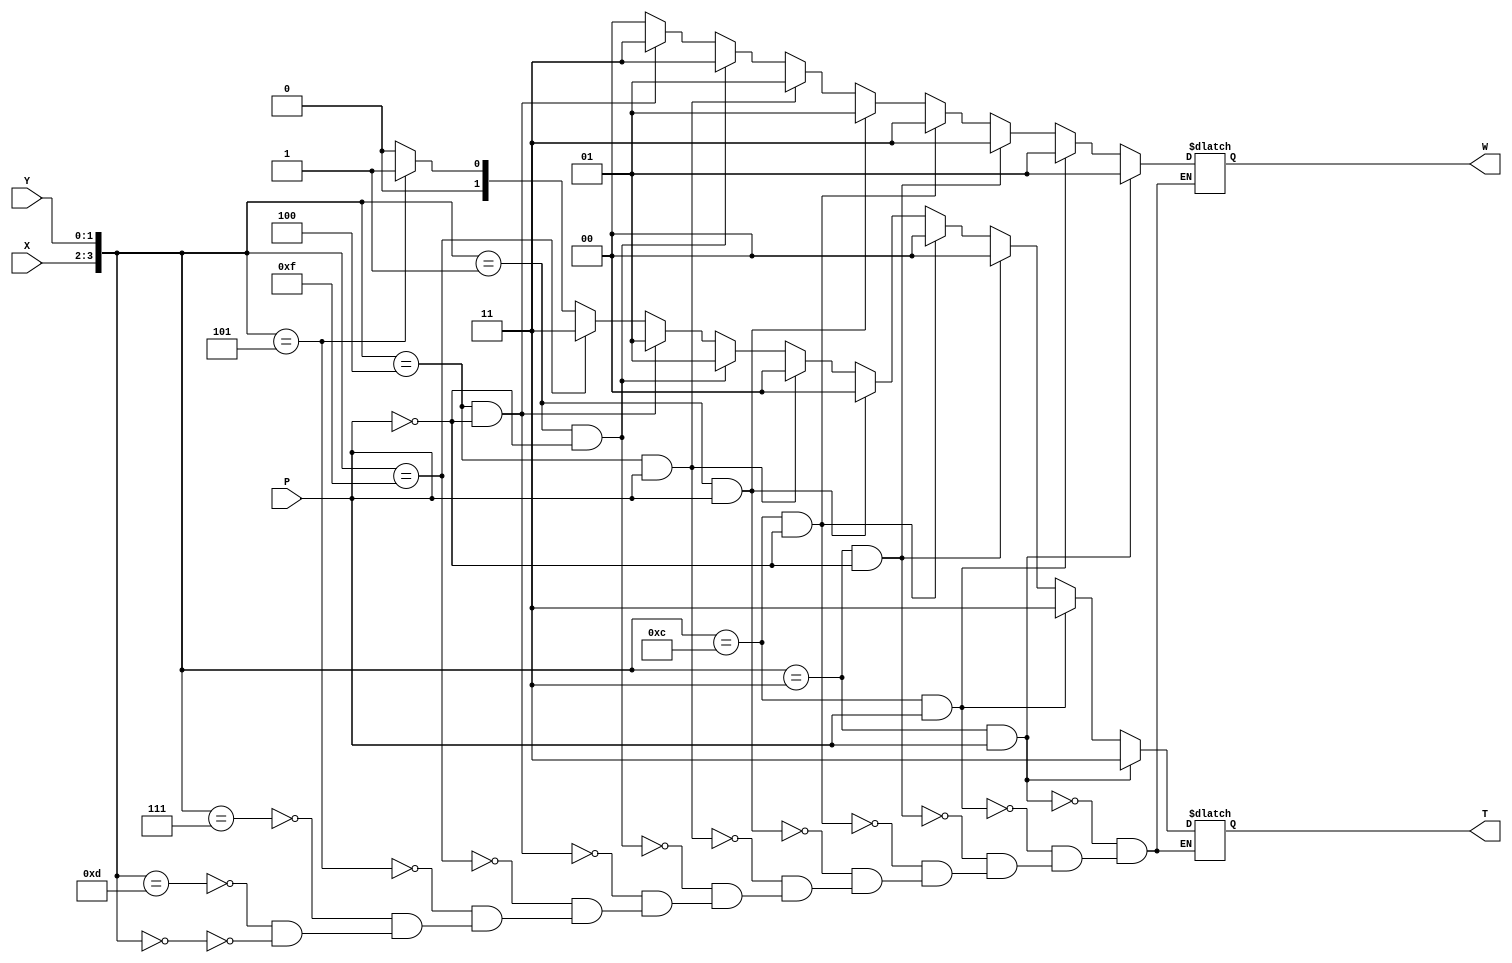
module TW (input [1:0]X  , input [1:0] Y, input P , output reg [1:0]T , output reg [1:0]W);

wire [1:0]outX;
wire [1:0]outY;
assign outX = X[1:0];
assign outY = Y[1:0];

wire [3:0] concatanate;
assign concatanate ={outX , outY};

always@(*) begin
//0
if (concatanate == 4'b0000 ) 
	begin  
				T	<= 2'b00;
				W	<= 2'b00;
				end 
				
if (concatanate == 4'b1101)

	begin  
				T	<= 2'b00;
				W	<= 2'b00;
				end
				
if (concatanate == 4'b0111)

	begin  
				T	<= 2'b00;
				W	<= 2'b00;
				end
				
//2			
if (concatanate==4'b0101 )
	begin
				T	<= 2'b01;
				W	<= 2'b00;
				end

//-2		
if (concatanate==4'b1111 )
	begin
				T	<= 2'b11;
				W	<= 2'b00;
				end 
//1		p=0	
 if (concatanate==4'b0100 && P==1'b0 )
	begin
				T	<= 2'b01;
				W	<= 2'b11;
				end				
 if (concatanate==4'b0001 && P==1'b0 )
	begin
				T	<= 2'b01;
				W	<= 2'b11;
				end	
// 1 p=1
			
if (concatanate==4'b0100 && P==1'b1 )
	begin
				T	<= 2'b00;
				W	<= 2'b01;
				end	
			
if (concatanate==4'b0001 && P==1'b1 )
	begin
				T	<= 2'b00;
				W	<= 2'b01;
				end
//	-1	

if (concatanate==4'b1100 && P==1'b0 )
	begin
				T	<= 2'b00;
				W	<= 2'b11;
				end 				
if (concatanate==4'b0011 && P==1'b0 )
	begin
				T	<= 2'b00;
				W	<= 2'b11;
				end 
if (concatanate==4'b1100 && P==1'b1 )
	begin
				T	<= 2'b11;
				W	<= 2'b01;
				end 
 
if(concatanate==4'b0011 && P==1'b1 )
	begin
				T	<= 2'b11;
				W	<= 2'b01;
			end 

end			
endmodule



module PP(input [1:0]N1 , input [1:0]N2 ,output reg P);

always@(*) 
begin
	if (N1[1]==0 && N2[1]==0)
		  P = 1'b0;
	else
		  P = 1'b1;	
end
endmodule


module pervious_info(input [7:0]A , input [7:0]B, input cin , output [7:0] result , output carryout);

wire [1:0]T0;
wire [1:0]T1;
wire [1:0]T2;
wire [1:0]T3;
wire [1:0]T4;

wire [1:0]W0;
wire [1:0]W1;
wire [1:0]W2;
wire [1:0]W3;

wire [1:0]S0;
wire [1:0]S1;
wire [1:0]S2;
wire [1:0]S3;

wire P0;
wire P1;
wire P2;
wire P3;
wire P4;

PP P01(A[1:0] , B[1:0] , P1 );
PP P11(A[3:2] , B[3:2] , P2 );
PP P21(A[5:4] , B[5:4] , P3 );
PP P31(A[7:6] , B[7:6] , P4 );

TW TW0(A[1:0] , B[1:0] , 1'b0 , T1 , W0);
TW TW1(A[3:2] , B[3:2] , P1   , T2 , W1);
TW TW2(A[5:4] , B[5:4] , P2   , T3 , W2);
TW TW3(A[7:6] , B[7:6] , P3   , T4 , W3);



assign T0 = cin;
assign carryout = T4;	
assign	S0= W0;
assign  S1=	T1 + W1;
assign	S2= T2 + W2;
assign  S3= T3 + W3;
	
assign result ={S3 , S2 , S1 , S0};
	
endmodule 


module pv_tb();
   reg [7:0] A;
   reg [7:0] B;
   reg Ci;
   wire [7:0] result;
   wire carryout;
  
	pervious_info pv(A , B, ci , result , carryout);
	initial
  begin
    $display("A              |B        || cout  | sum             ");
  end
  
  initial
  begin
    $monitor("%b | %b  |||| %b   |%b", A[7:0], B[7:0] , carryout, result);
  end
	
   initial begin
   A = 8'b0000_0101;
   B = 8'b0001_0001;
   Ci = 0;

   #100

   A = 8'b0000_0101;
   B = 8'b1101_0011;
   Ci = 0;

    #100
   A = 8'b1100_0000;
   B = 8'b1100_0000;
   Ci = 0;

end
endmodule